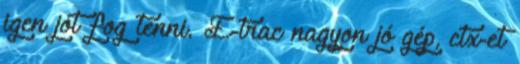
igen jót fog tenni. E-trac nagyon jó gép, ctx-et